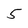
Character: 5